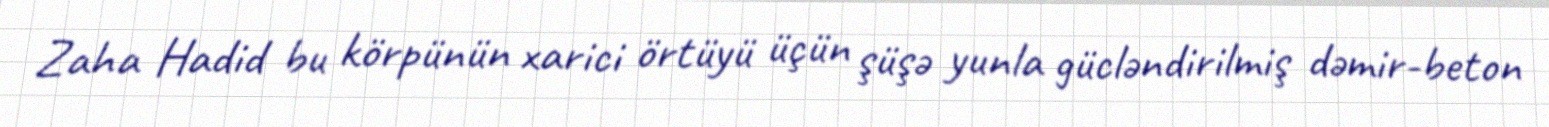
Zaha Hadid bu körpünün xarici örtüyü üçün şüşə yunla gücləndirilmiş dəmir-beton